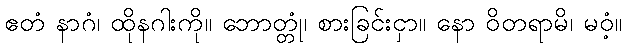
ဧတံ နာဂံ၊ ထိုနဂါးကို။ ဘောတ္တုံ၊ စားခြင်းငှာ။ နော ဝိတရာမိ၊ မဝံ့။